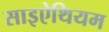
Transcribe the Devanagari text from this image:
साइऐथियम